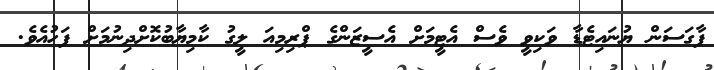
ފާގަސަން ޔުނައިޓެޑާ ވަކިވީ ވެސް އެޓީމަށް އެސީޒަންގެ ޕްރިމިއަ ލީގު ކާމިޔާބުކޮށްދިނުމަށް ފަހުއެވެ.